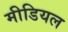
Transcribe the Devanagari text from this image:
मीडियल